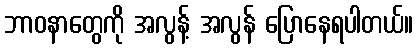
ဘာဝနာတွေကို အလွန့် အလွန် ပြောနေရပါတယ်။